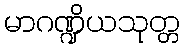
မာဂဏ္ဍိယသုတ္တ